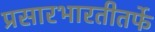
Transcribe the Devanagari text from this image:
प्रसारभारतीतर्फे